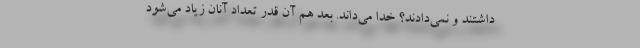
داشتند و نمی‌دادند؟ خدا می‌داند. بعد هم آن قدر تعداد آنان زیاد می‌شود